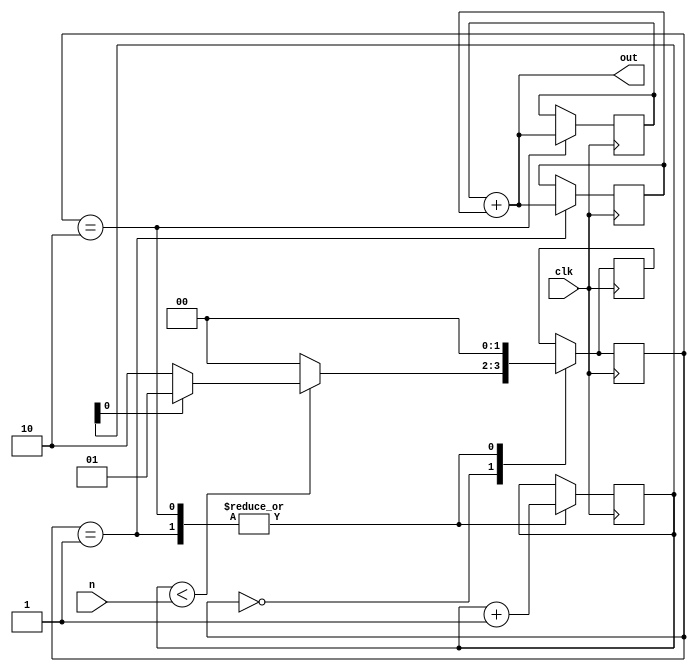
module fibfsm (clk, n, out);
   parameter w = 32;
   input [w-1:0]  n;
   input 	  clk;
   output [w-1:0] out;
   
   reg [1:0] 	  state, nstate;

   reg [w-1:0] 	    a, b, i;
   wire [w-1:0]     s, inci;

   parameter S0 = 2'b00;   
   parameter S1 = 2'b01;
   parameter S2 = 2'b10;

   assign s = a + b;
   assign out = s;
   assign inci = i + 1;

   initial begin
      a <= 1;
      b <= 1;
      i <= 3;
      state <= S0;
   end

   always @ (posedge clk) begin
      case (state)
	S0: 
	  begin
	     if (i < n)
	       if (i[0]) /* if (i & 1) */
		 nstate = S1;
	       else
		 nstate = S2;
	     else
	       nstate = S0;
	  end
	S1:
	  begin
	     b = s;
	     i = inci;
	     nstate = S0;
	  end
	S2:
	  begin
	     a = s;
	     i = inci;
	     nstate = S0;
	  end
      endcase // case (state)

      state = nstate;
   end
endmodule